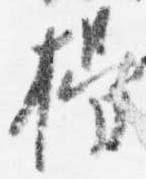
揖